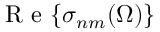
\mathrm { ~ R ~ e ~ } { \left\{ \sigma _ { n m } ( \Omega ) \right\} }